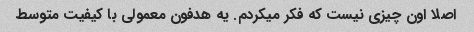
اصلا اون چیزی نیست که فکر میکردم. یه هدفون معمولی با کیفیت متوسط